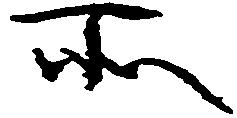
所